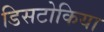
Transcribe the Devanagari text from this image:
डिसटोकिया